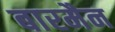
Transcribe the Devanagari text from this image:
बारमैन